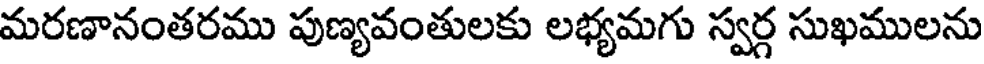
మరణానంతరము పుణ్యవంతులకు లభ్యమగు స్వర్గ సుఖములను